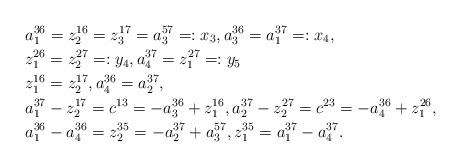
LaTeX: \begin{align*}&a_1^{36}=z_2^{16}=z_3^{17}=a_3^{57}=:x_3,a_3^{36}=a_1^{37}=:x_4,\\&z_1^{26}=z_2^{27}=:y_4,a_4^{37}=z_1^{27}=:y_5\\&z_1^{16}=z_2^{17},a_4^{36}=a_2^{37},\\&a_1^{37}-z_2^{17}=c^{13}=-a_3^{36}+z_1^{16},a_2^{37}-z_2^{27}=c^{23}=-a_4^{36}+z_1^{26},\\&a_1^{36}-a_4^{36}=z_2^{35}=-a_2^{37}+a_3^{57},z_1^{35}=a_1^{37}-a_4^{37}.\end{align*}